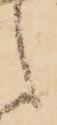
之